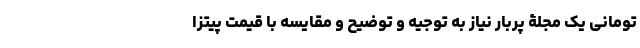
تومانی یک مجلۀ پربار نیاز به توجیه و توضیح و مقایسه با قیمت پیتزا